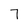
Character: 7